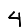
Digit: 4